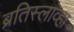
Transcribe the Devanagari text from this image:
ब्रतिस्लाव्हा